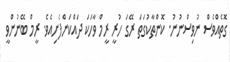
ގޮތެއްވެސް ނުވިސްނުނު. ކޮންތާކުގަތަ ރޭގަ ހުރީ ރީމް ވާހަކަ ދައްކަންފެށިއެވެ. ރީމް ބޭނުންވީ